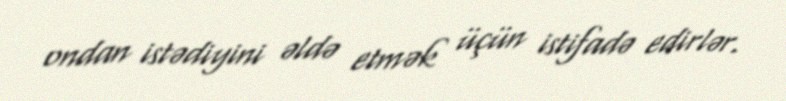
ondan istədiyini əldə etmək üçün istifadə edirlər.